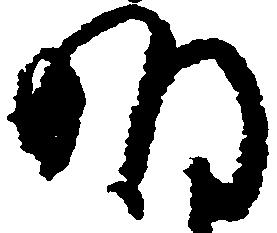
明